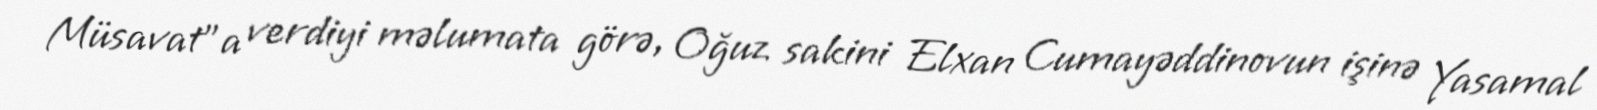
Müsavat”a verdiyi məlumata görə, Oğuz sakini Elxan Cumayəddinovun işinə Yasamal